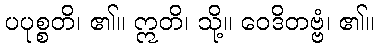
ပပုစ္စတိ၊ ၏။ ဣတိ၊ သို့။ ဝေဒိတဗ္ဗံ၊ ၏။